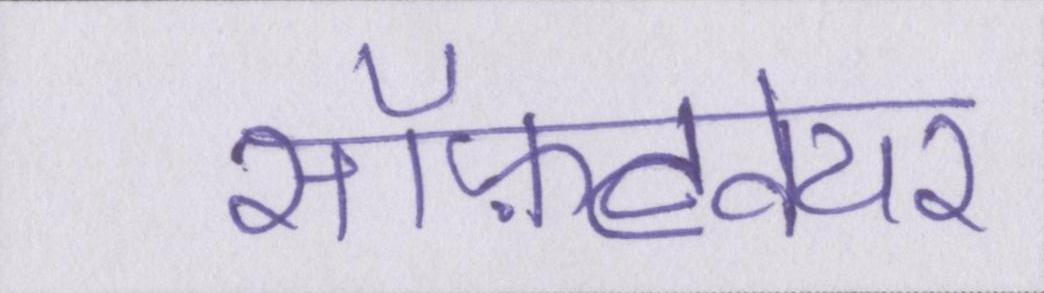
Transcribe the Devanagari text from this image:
सॉफ़्टवेयर